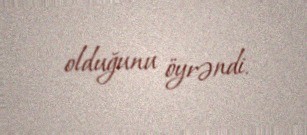
olduğunu öyrəndi.